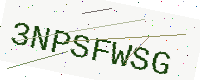
Text: 3NPSFWSG